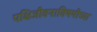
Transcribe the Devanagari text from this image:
पक्षिजीवनाविषयीच्या